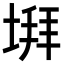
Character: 𡍹